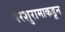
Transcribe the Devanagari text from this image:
परशुरामाकडून